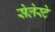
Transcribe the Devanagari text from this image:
सेलेस्टे